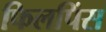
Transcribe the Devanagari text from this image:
फिलपिंस